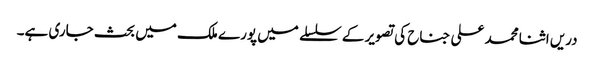
دریں اثنا محمد علی جناح کی تصویر کے سلسلے میں پورے ملک میں بحث جاری ہے۔